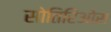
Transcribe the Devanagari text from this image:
सोतिरिओस